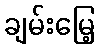
ချမ်းမြေ့